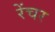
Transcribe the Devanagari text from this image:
रेंचर